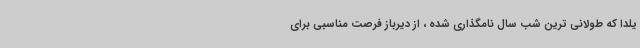
یلدا که طولانی ترین شب سال نامگذاری شده ، از دیرباز فرصت مناسبی برای